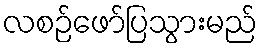
လစဉ်ဖော်ပြသွားမည်